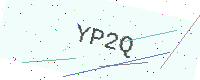
Text: YP2Q